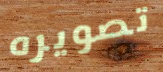
تصويره